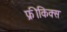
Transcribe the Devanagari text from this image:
फ्रीकिक्स